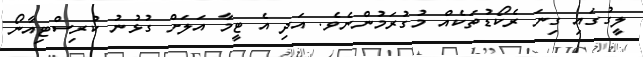
ލީގުގައި ގިނަ ރެކޯޑުތަކެއް މުގުރަމުންނެވެ. އަދި އެ ޓީމާ އަލަށް ގުޅުނު ކުރިސްޓިއާނޯ